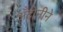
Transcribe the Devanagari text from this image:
अँटोनीने